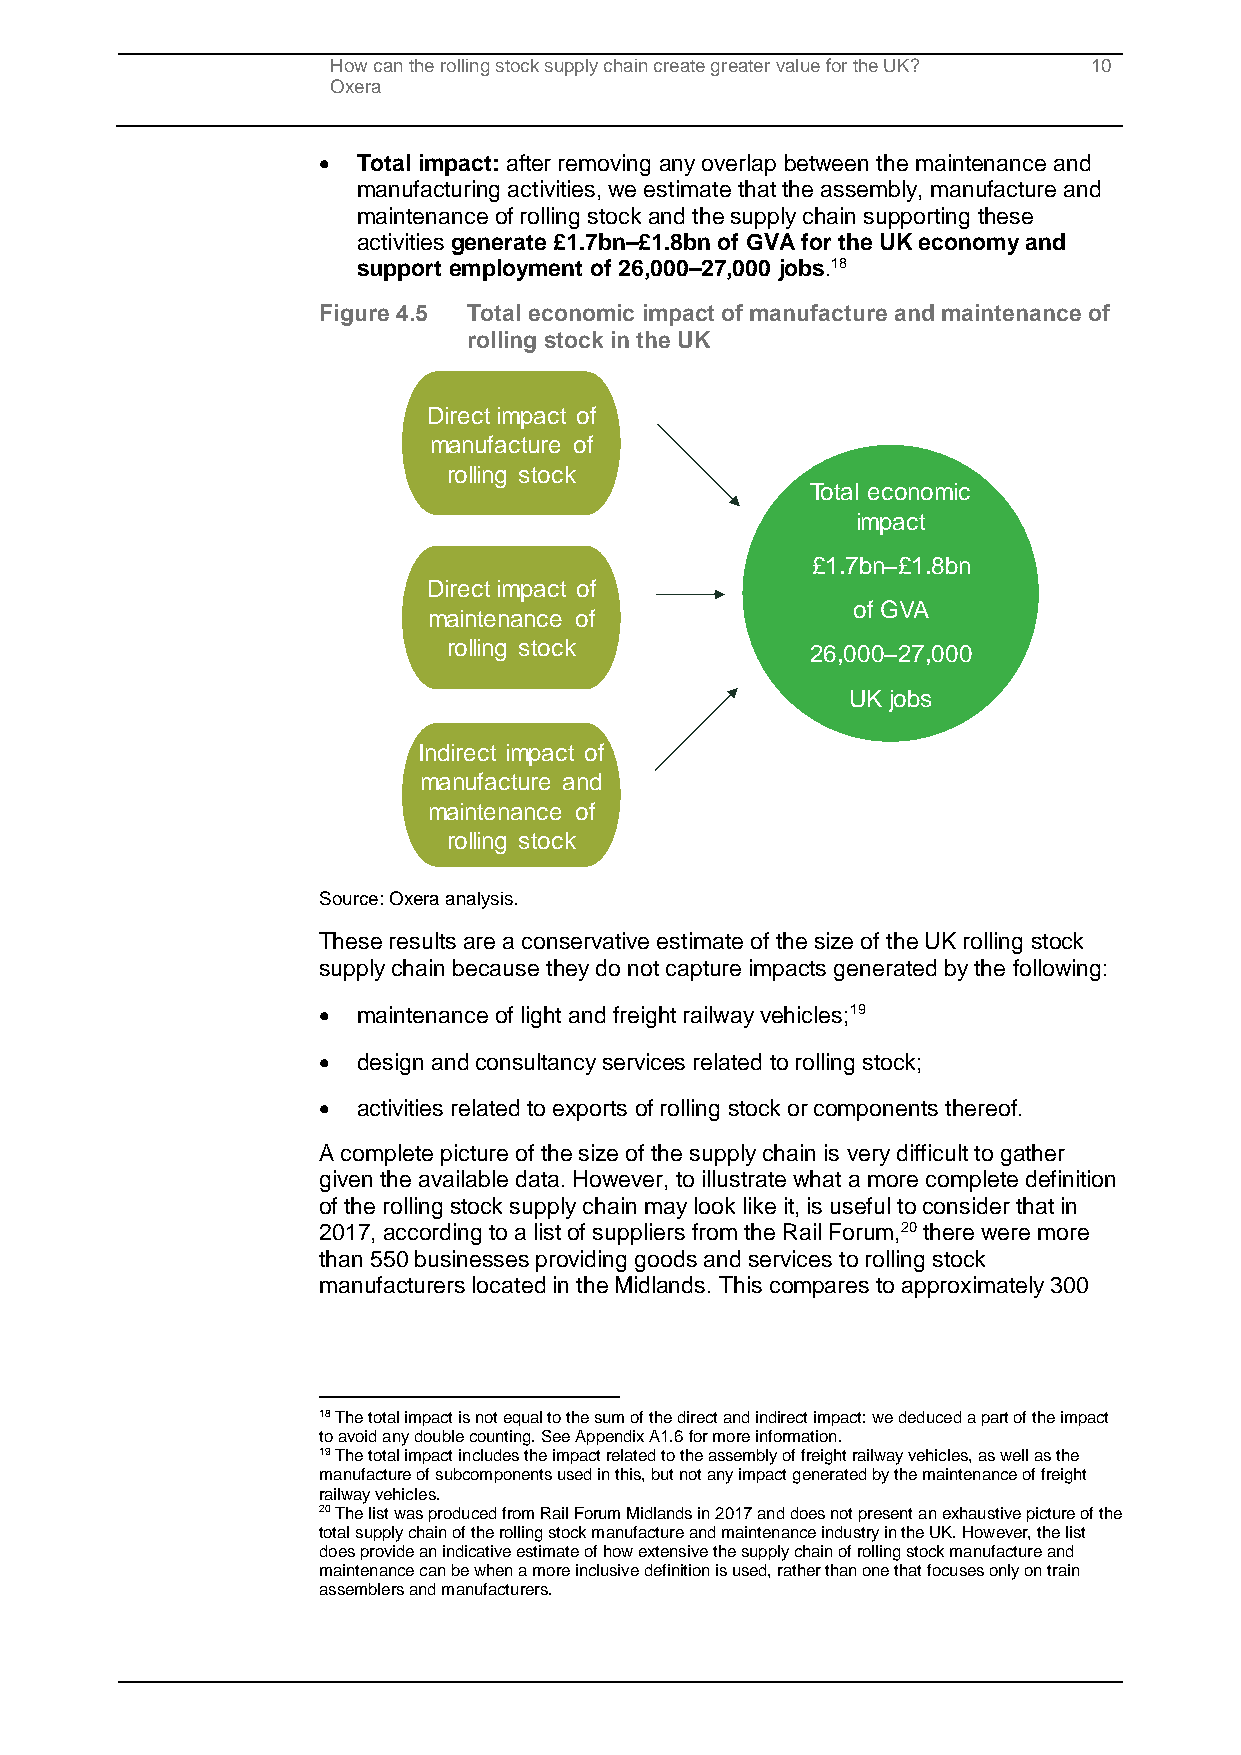
How can the rolling stock supply chain create greater value for the UK? 10
 Oxera
 •  Total impact: after removing any overlap between the maintenance and
 manufacturing activities, we estimate that the assembly, manufacture and
 maintenance of rolling stock and the supply chain supporting these
 activities generate £1.7bn–£1.8bn of GVA for the UK economy and
 support employment of 26,000–27,000 jobs.18
 Figure 4.5 Total economic impact of manufacture and maintenance of
 rolling stock in the UK
 Direct impact of
 manufacture of
 rolling stock
 Total economic
 impact
 £1.7bn–£1.8bn
 Direct impact of
 of GVA
 maintenance of
 rolling stock           26,000–27,000
 UK jobs
 Indirect impact of
 manufacture and
 maintenance of
 rolling stock
 Source: Oxera analysis.
 These results are a conservative estimate of the size of the UK rolling stock
 supply chain because they do not capture impacts generated by the following:
 •  maintenance of light and freight railway vehicles;19
 •  design and consultancy services related to rolling stock;
 •  activities related to exports of rolling stock or components thereof.
 A complete picture of the size of the supply chain is very difficult to gather
 given the available data. However, to illustrate what a more complete definition
 of the rolling stock supply chain may look like it, is useful to consider that in
 2017, according to a list of suppliers from the Rail Forum,20 there were more
 than 550 businesses providing goods and services to rolling stock
 manufacturers located in the Midlands. This compares to approximately 300
 18 The total impact is not equal to the sum of the direct and indirect impact: we deduced a part of the impact
 to avoid any double counting. See Appendix A1.6 for more information.
 19 The total impact includes the impact related to the assembly of freight railway vehicles, as well as the
 manufacture of subcomponents used in this, but not any impact generated by the maintenance of freight
 railway vehicles.
 20 The list was produced from Rail Forum Midlands in 2017 and does not present an exhaustive picture of the
 total supply chain of the rolling stock manufacture and maintenance industry in the UK. However, the list
 does provide an indicative estimate of how extensive the supply chain of rolling stock manufacture and
 maintenance can be when a more inclusive definition is used, rather than one that focuses only on train
 assemblers and manufacturers.